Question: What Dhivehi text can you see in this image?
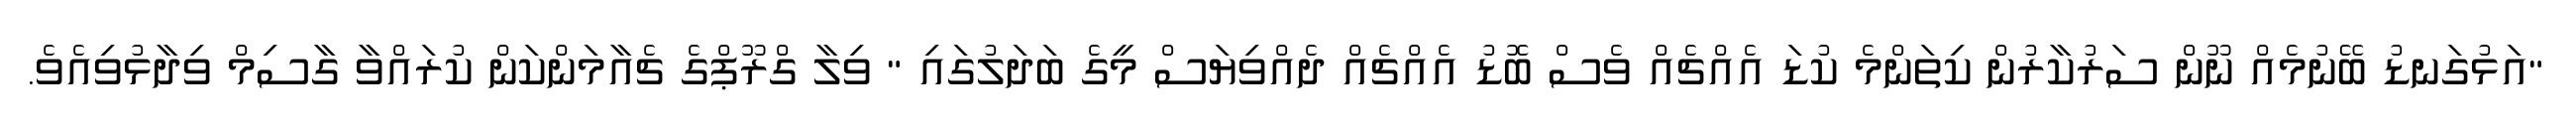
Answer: "އަޅުގަނޑު ބޭނުމެއް ނޫން ސަރުކާރުން ކިތަންމެ ކުޑަ އެއްޗެއް ވެސް ބޮޑު އެއްޗެއް ދެއްވިޔަސް މީގެ ބަދަލުގައި " ވިލާ ގްރޫޕްގެ ޗެއާމަންކަން ކުރައްވާ ގާސިމް ވިދާޅުވިއެވެ.